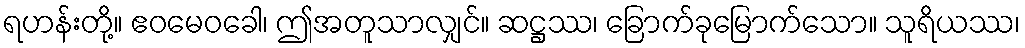
ရဟန်းတို့။ ဧဝမေဝခေါ၊ ဤအတူသာလျှင်။ ဆဋ္ဌဿ၊ ခြောက်ခုမြောက်သော။ သူရိယဿ၊